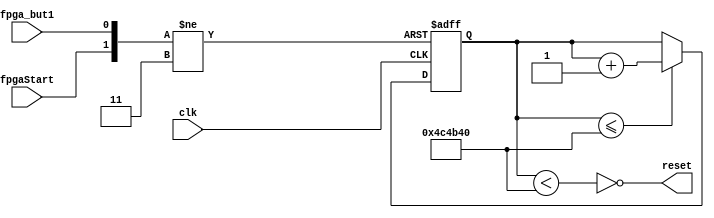
module reset(input  clk,          // 10 Mhz std fpga clk
             input  fpga_but1,    // FPGA Button
             input  fpgaStart,    // FPGA reports it is starting (programming finished)
             output reset);       // low active

  localparam [25:0] DELAY_500MS=25'h4c4b40;   // We will keep reset active for 500ms
  reg [25:0] counter=DELAY_500MS+1;
   
  always @(posedge clk, negedge fpga_but1 or negedge fpgaStart) 
  begin
    if (!fpga_but1) counter<=0;
    else if (!fpgaStart) counter<=0;
    else begin
      if (counter<=DELAY_500MS) counter++;
    end
  end

  assign reset=!(counter<DELAY_500MS);

endmodule